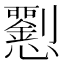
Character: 𢥍